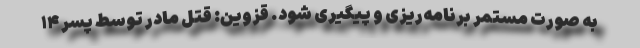
به صورت مستمر برنامه‌ریزی و پیگیری شود. قزوین: قتل مادر توسط پسر ۱۴